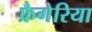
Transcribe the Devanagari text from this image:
फ्रैगेरिया